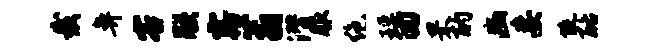
裁鼻客朕露蓊潜服绝瑶回罘酌豳妄陡酪